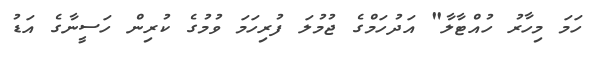
ހަމަ މިހާރު ހުއްޓާލާ" އަދުހަމްގެ ޖުމުލަ ފުރިހަމަ ވުމުގެ ކުރިން ހަސީނާގެ އަޑު